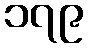
၁၇၉